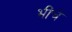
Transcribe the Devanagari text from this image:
भींचे